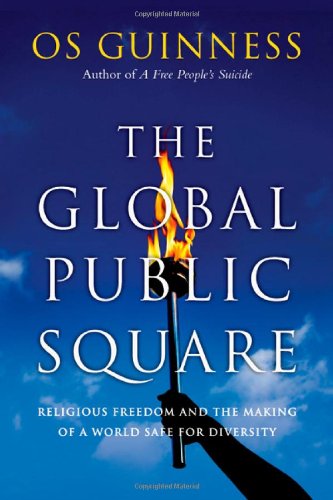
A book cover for The Global Public Square: Religious Freedom and the Making of a World Safe for Diversity; Os Guinness; Religion & Spirituality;